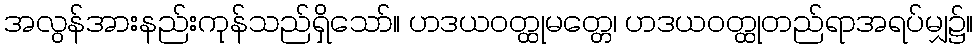
အလွန်အားနည်းကုန်သည်ရှိသော်။ ဟဒယဝတ္ထုမတ္တေ၊ ဟဒယဝတ္ထုတည်ရာအရပ်မျှ၌။